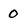
Character: 0